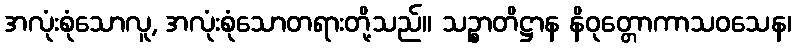
အလုံးစုံသောလူ, အလုံးစုံသောတရားတို့သည်။ သဉ္စာတိဋ္ဌာန နိဝုတ္တောကာသဝသေန၊